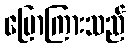
ပြောကြားသည်